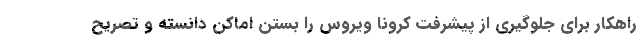
راهکار برای جلوگیری از پیشرفت کرونا ویروس را بستن اماکن دانسته و تصریح